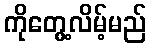
ကိုတွေ့လိမ့်မည်